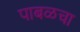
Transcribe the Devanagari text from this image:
पाबळचा